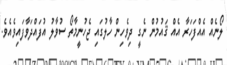
ލޯނެއް އެއްފަހަރާ އެއް ޤައުމުން ނެގީ ދިވެހިން ހާލުގައި ޖެހުނީމާތޯ ސުވާލު އުފައްދަވާފައިވެއެވެ.